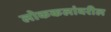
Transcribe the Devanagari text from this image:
लोककलांवरील